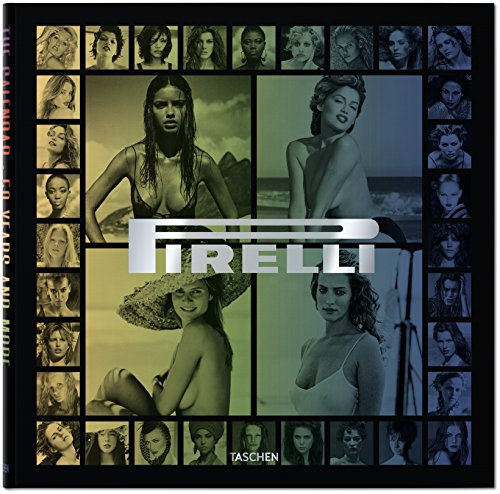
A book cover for Pirelli - The Calendar: 50 Years And More; Philippe Daverio; Crafts, Hobbies & Home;